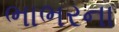
ભાભરના